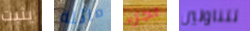
يثبت مائلة لجزء تتناولين